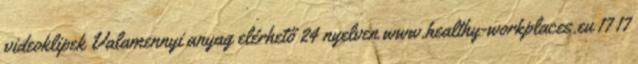
videoklipek Valamennyi anyag elérhető 24 nyelven www.healthy-workplaces.eu 17 17